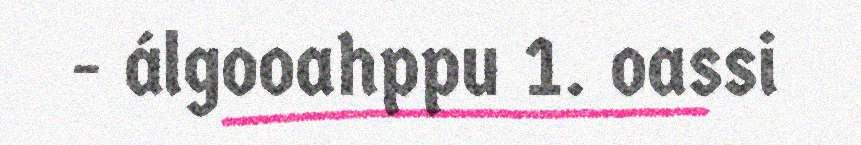
- álgooahppu 1. oassi